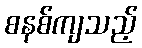
စနစ်ကျသည့်